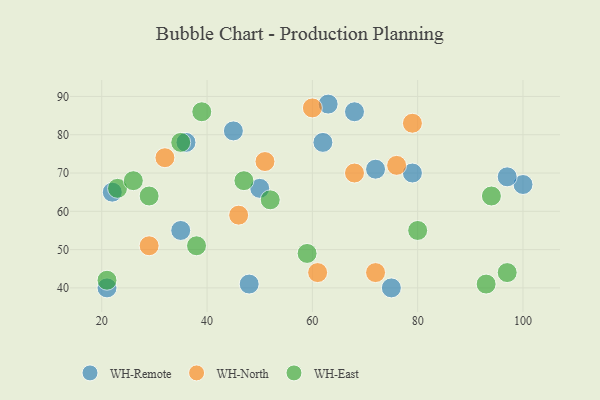
{"axis": {"x": "GDP", "y": "Life Expectancy"}, "legend": ["WH-East", "WH-North", "WH-Remote"], "data": [{"x": "50", "y": 66, "type": "WH-Remote"}, {"x": "36", "y": 78, "type": "WH-Remote"}, {"x": "79", "y": 70, "type": "WH-Remote"}, {"x": "62", "y": 78, "type": "WH-Remote"}, {"x": "48", "y": 41, "type": "WH-Remote"}, {"x": "45", "y": 81, "type": "WH-Remote"}, {"x": "35", "y": 55, "type": "WH-Remote"}, {"x": "75", "y": 40, "type": "WH-Remote"}, {"x": "21", "y": 40, "type": "WH-Remote"}, {"x": "22", "y": 65, "type": "WH-Remote"}, {"x": "72", "y": 71, "type": "WH-Remote"}, {"x": "63", "y": 88, "type": "WH-Remote"}, {"x": "68", "y": 86, "type": "WH-Remote"}, {"x": "100", "y": 67, "type": "WH-Remote"}, {"x": "97", "y": 69, "type": "WH-Remote"}, {"x": "32", "y": 74, "type": "WH-North"}, {"x": "61", "y": 44, "type": "WH-North"}, {"x": "79", "y": 83, "type": "WH-North"}, {"x": "76", "y": 72, "type": "WH-North"}, {"x": "46", "y": 59, "type": "WH-North"}, {"x": "72", "y": 44, "type": "WH-North"}, {"x": "51", "y": 73, "type": "WH-North"}, {"x": "29", "y": 51, "type": "WH-North"}, {"x": "60", "y": 87, "type": "WH-North"}, {"x": "68", "y": 70, "type": "WH-North"}, {"x": "23", "y": 66, "type": "WH-East"}, {"x": "26", "y": 68, "type": "WH-East"}, {"x": "52", "y": 63, "type": "WH-East"}, {"x": "59", "y": 49, "type": "WH-East"}, {"x": "97", "y": 44, "type": "WH-East"}, {"x": "38", "y": 51, "type": "WH-East"}, {"x": "21", "y": 42, "type": "WH-East"}, {"x": "80", "y": 55, "type": "WH-East"}, {"x": "93", "y": 41, "type": "WH-East"}, {"x": "35", "y": 78, "type": "WH-East"}, {"x": "29", "y": 64, "type": "WH-East"}, {"x": "47", "y": 68, "type": "WH-East"}, {"x": "39", "y": 86, "type": "WH-East"}, {"x": "94", "y": 64, "type": "WH-East"}]}